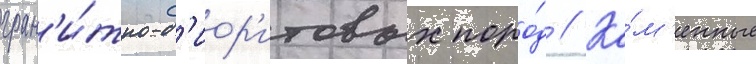
гран'и́тно-д'иор'итовых поро́д // Ка́м'енные